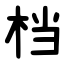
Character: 档